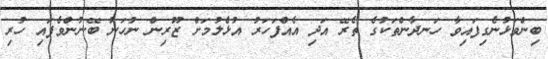
ބިންވަޅުނެގިފައިވާ ހަނދާންތަކުގެ ތެރޭ އަދި އެއްފަހަރު އުޅެލުމަށް ޒޫރިން ނުހަނު ބޭނުންވެފައި ހުރި